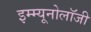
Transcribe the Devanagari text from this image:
इम्म्यूनोलॉजी